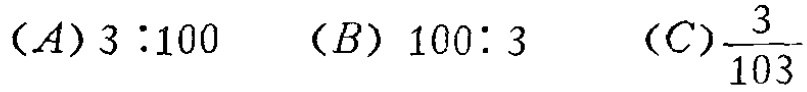
$(A)3:100\quad (B)100:3\quad (C)\frac{3}{103}$